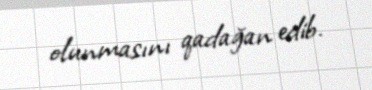
olunmasını qadağan edib.